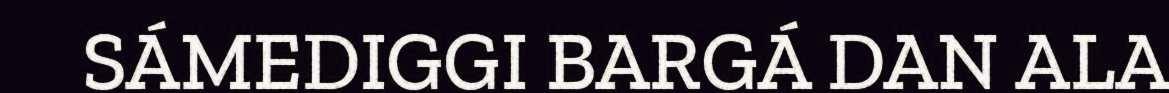
SÁMEDIGGI BARGÁ DAN ALA